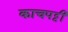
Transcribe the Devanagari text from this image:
काचपट्टी